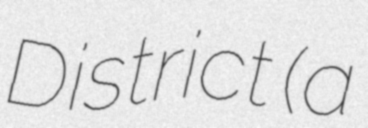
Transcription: District (a